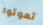
تموتوا